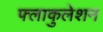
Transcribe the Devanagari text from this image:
फ्लाकुलेशन